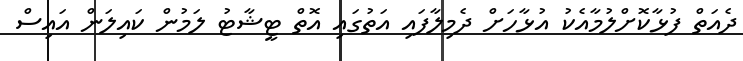
ދެއަތް ފުޅާކޮށްލުމާއެކު އުޅާހަށް ދެމިލާފައި އަތުގައި އޮތް ޓީޝާޓު ލަމުން ކައިލަން އައިސް